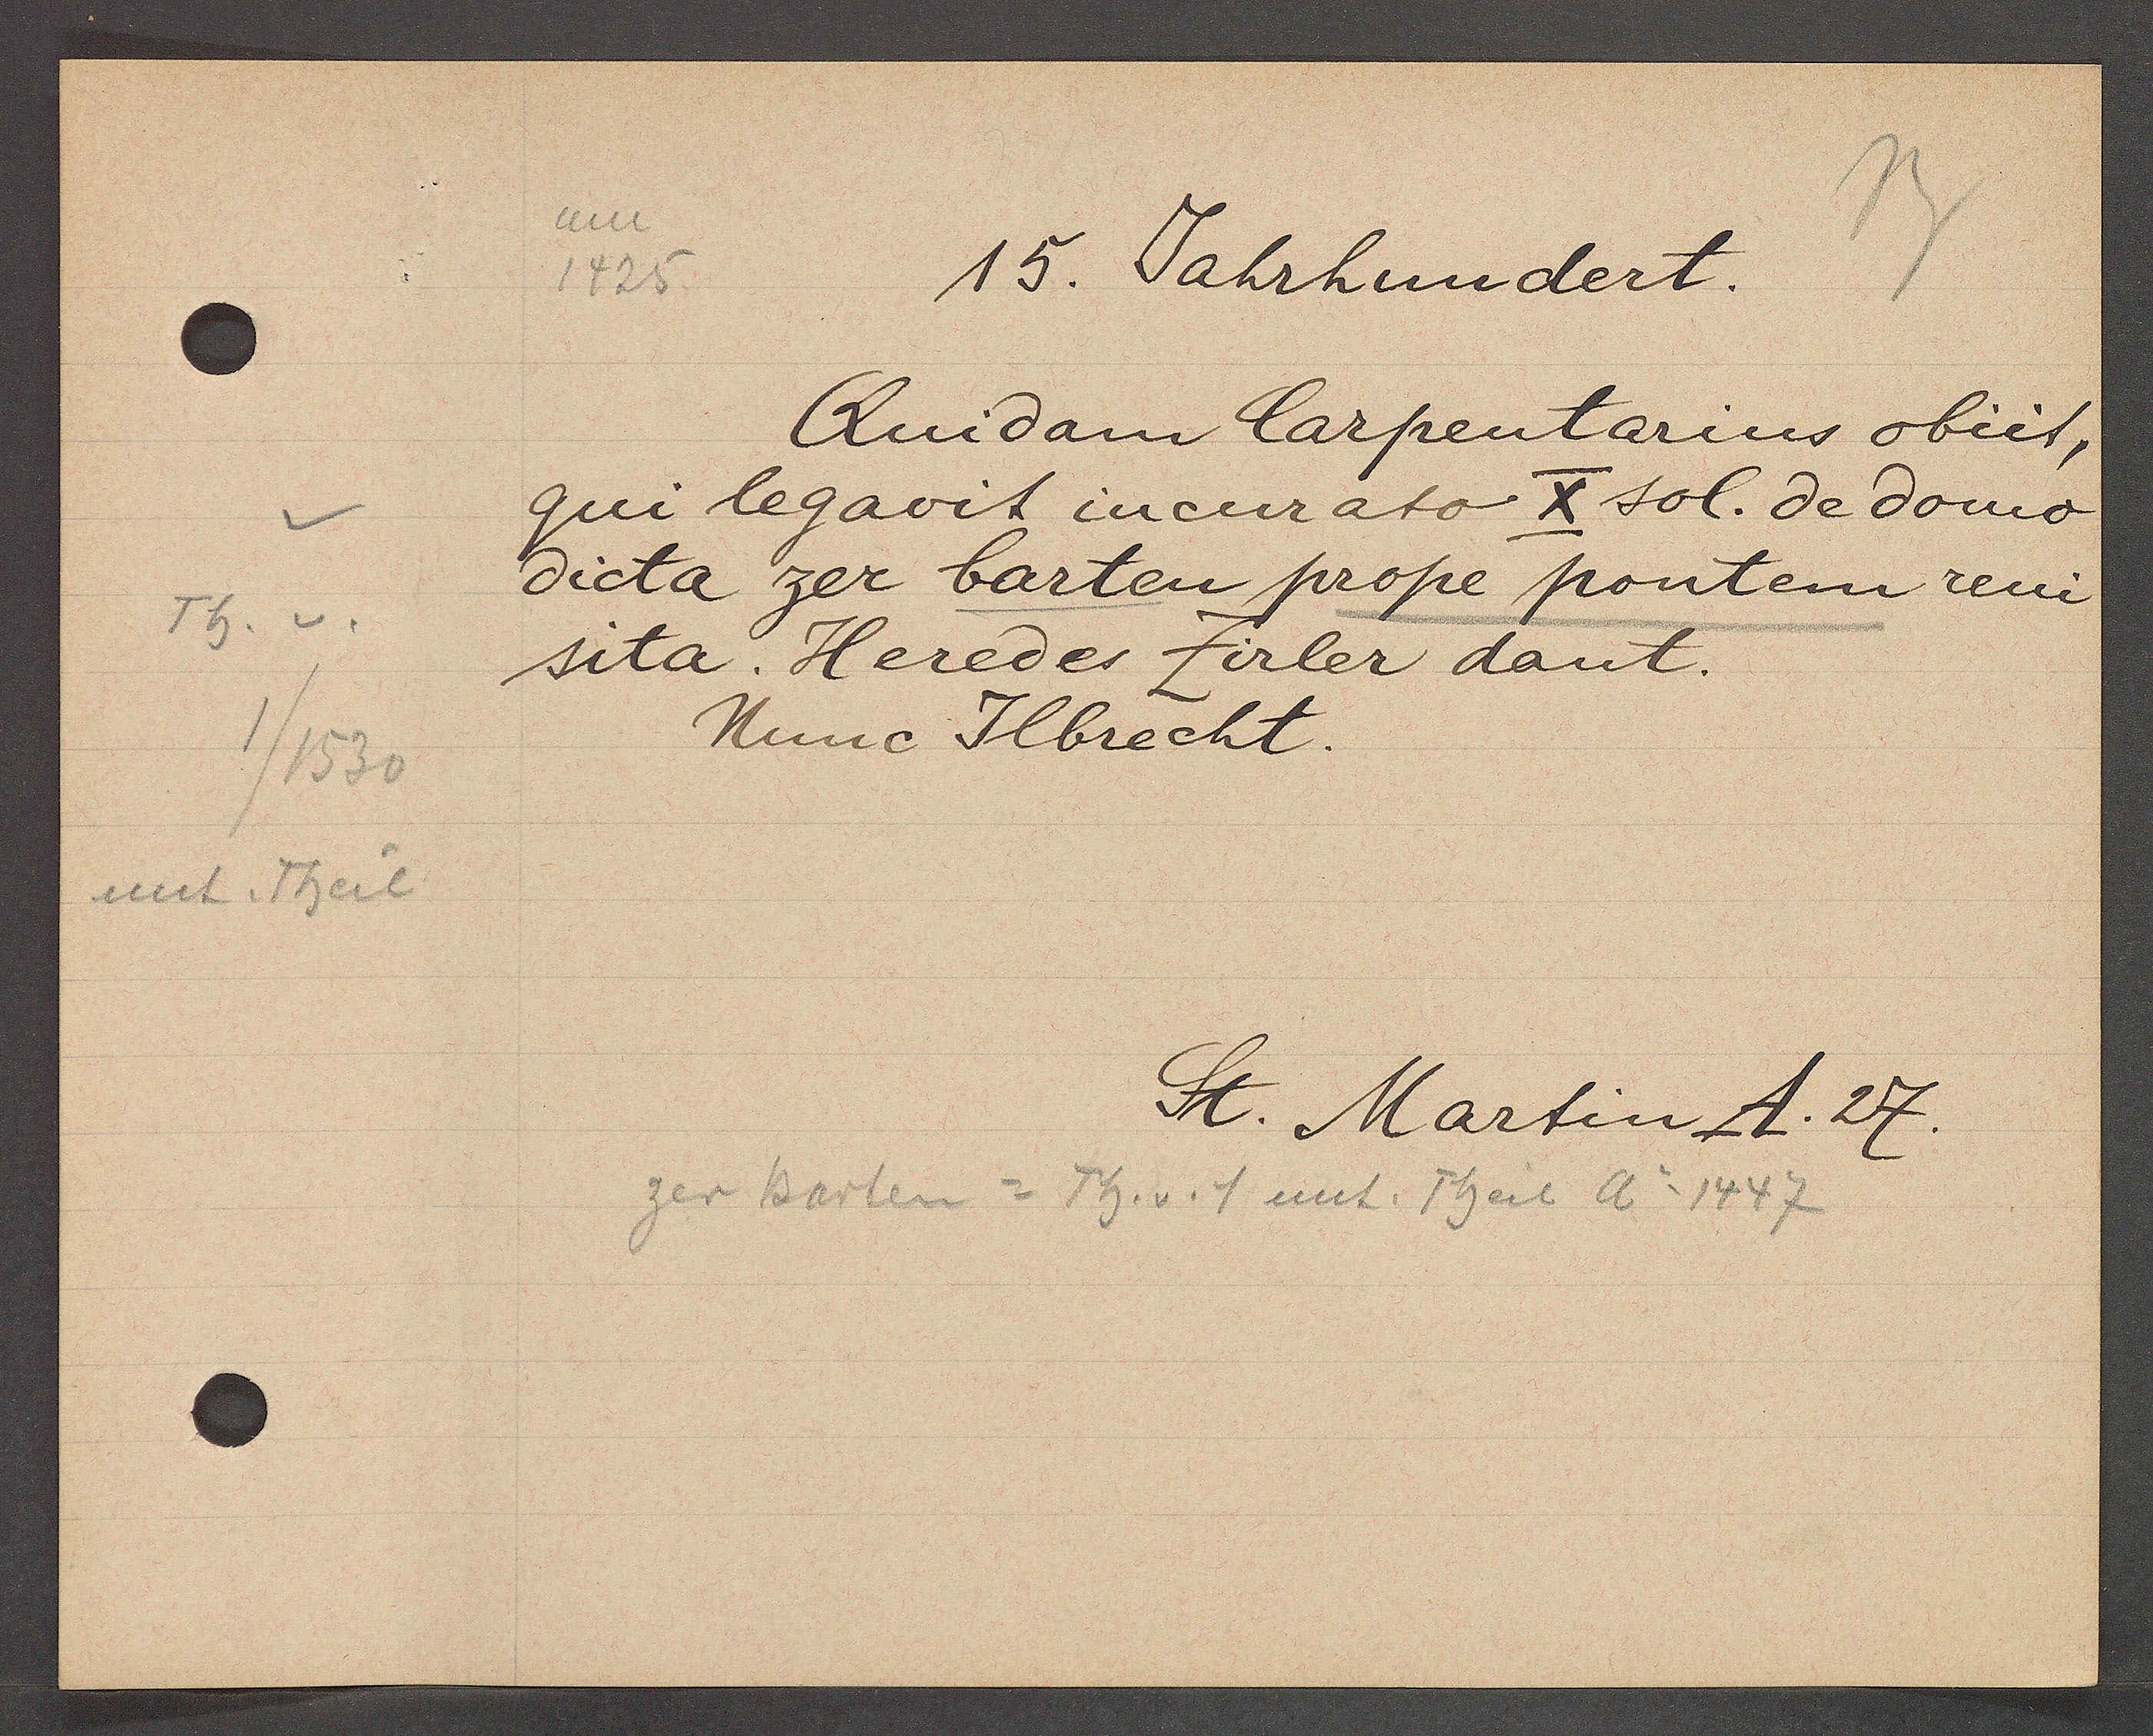
Transcript:
Th. v.
1/1530
Theil
unt

um
1425

15. Jahrhundert.

Quidam Carpentarius obiit,
qui legavit incurato x sol. de domo
dicta zer barten prope pontem reni
sita. Heredes Zirler dant.
Nunc Ilbrecht.

St. Martin A. 27.
zer barten = Th. v. 1 unt. Theil Ao 1447